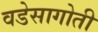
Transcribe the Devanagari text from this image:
वडेसागोती